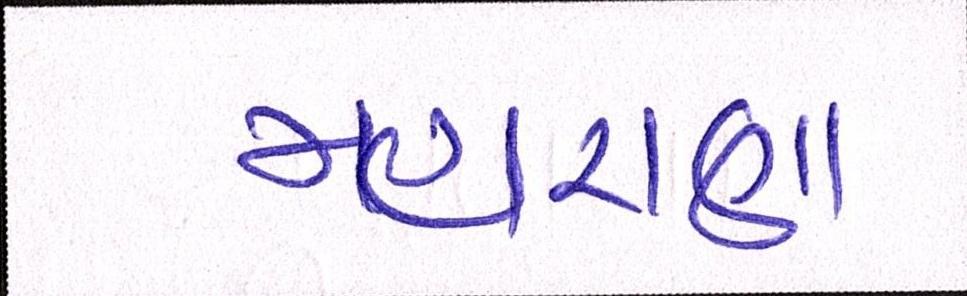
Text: મહારાણા